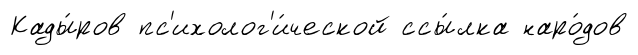
Кады́ров пс'ихолог'и́ческой ссы́лка наро́дов